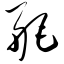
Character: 艉